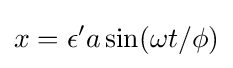
x=\epsilon 'a\sin(\omega t/\phi )